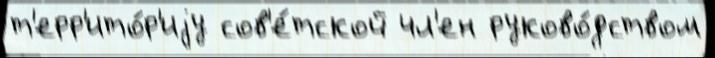
т'ерр'ито́р'иjу сов'е́тской чл'ен руково́дством